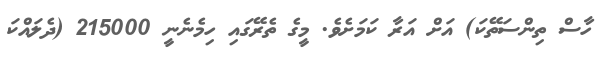
ހާސް ތިންސަތޭކަ) އަށް އަރާ ކަމަށެވެ. މީގެ ތެރޭގައި ހިމެނެނީ 215000 (ދެލައްކަ